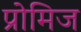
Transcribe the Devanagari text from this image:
प्रोमिज